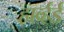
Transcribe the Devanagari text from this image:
हार्व्हर्ड